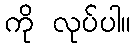
ကို လုပ်ပါ။